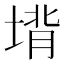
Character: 𪣵